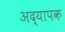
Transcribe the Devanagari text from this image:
अद्यापक